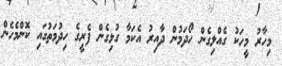
މިހާރު މީހަކު ގެއްލިގެން ހޯދަމުން ދާއިރު އެކަމާ ގުޅިގެން ފެރީގެ ހިދުމަތުގައި ކޮންމެހެން